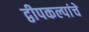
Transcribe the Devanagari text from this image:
द्वीपकल्पांचे